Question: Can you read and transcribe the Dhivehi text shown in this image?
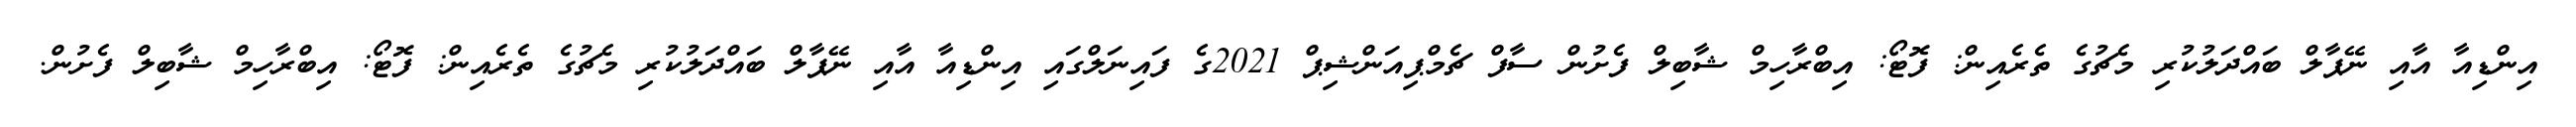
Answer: އިންޑިއާ އާއި ނޭޕާލް ބައްދަލުކުރި މެޗުގެ ތެރެއިން: ފޮޓޯ: އިބްރާހިމް ޝާބިލް ފެށުން ސާފް ޗެމްޕިއަންޝިޕް 2021ގެ ފައިނަލްގައި އިންޑިއާ އާއި ނޭޕާލް ބައްދަލުކުރި މެޗުގެ ތެރެއިން: ފޮޓޯ: އިބްރާހިމް ޝާބިލް ފެށުން.